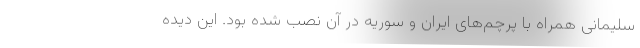
سلیمانی همراه با پرچم‌های ایران و سوریه در آن نصب شده بود. این دیده